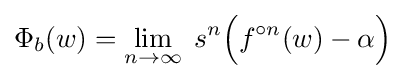
\displaystyle \Phi _{b}(w)=\lim _{n\to \infty }\;s^{n}{\Bigl (}f^{\circ n}(w)-\alpha {\Bigr )}